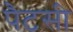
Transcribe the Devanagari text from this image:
पैटसी